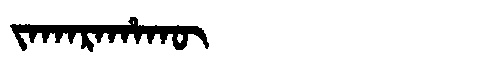
Manchu: ᠵᠠᡴᠠᡵᠠᡥᠠᡴᡡ
Romanization: JAKARAHAKŪ